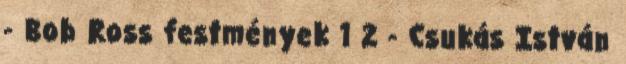
- Bob Ross festmények 1 2 - Csukás István